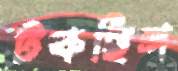
টকছিল